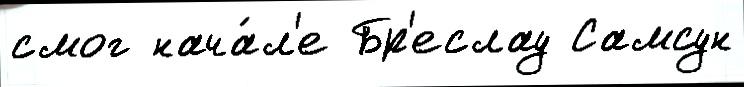
смог нача́л'е Бр'еслау Самсун